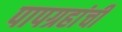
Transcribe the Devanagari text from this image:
पापग्रहांची